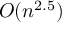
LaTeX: O ( n ^ { 2 . 5 } )